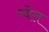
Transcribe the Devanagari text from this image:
ग्वेल